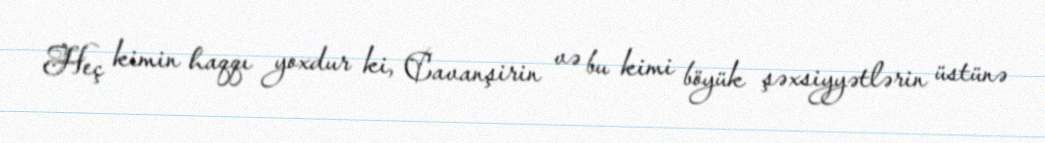
Heç kimin haqqı yoxdur ki, Cavanşirin və bu kimi böyük şəxsiyyətlərin üstünə